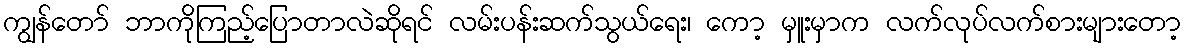
ကျွန်တော် ဘာကိုကြည့်ပြောတာလဲဆိုရင် လမ်းပန်းဆက်သွယ်ရေး၊ ကော့ မှူးမှာက လက်လုပ်လက်စားများတော့